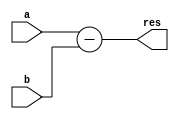
`timescale 1ns / 1ps
//////////////////////////////////////////////////////////////////////////////////
// Company: 
// Engineer: 
// 
// Design Name: 
// Module Name:    restador 
// Project Name: 
// Target Devices: 
// Tool versions: 
// Description: 
//
// Dependencies: 
//
// Revision: 
// Revision 0.01 - File Created
// Additional Comments: 
//
//////////////////////////////////////////////////////////////////////////////////
module restador(
    input [2:0] a,
    input [2:0] b,
    output [2:0] res
    );

	assign res = a-b;

endmodule